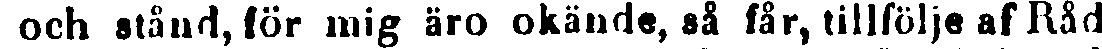
och stånd, för mig äro okände, så får, tillfölje af Råd-